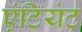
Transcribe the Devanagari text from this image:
एंटियंट